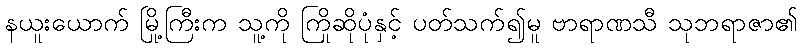
နယူးယောက် မြို့ကြီးက သူ့ကို ကြိုဆိုပုံနှင့် ပတ်သက်၍မူ ဗာရာဏသီ သုဘရာဇာ၏